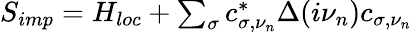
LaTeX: \begin{array}{r}{S_{imp}=H_{loc}+\sum_{\sigma}c_{\sigma,\nu_{n}}^{*}\Delta(i\nu_{n})c_{\sigma,\nu_{n}}}\end{array}